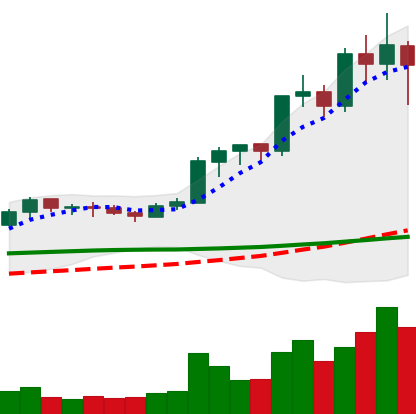
Ticker: LINK-USD
Chart end date: 2020-02-17
Forward return: -4.516%
Label: down_3_5